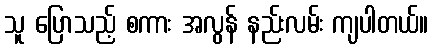
သူ ပြောသည့် စကား အလွန် နည်းလမ်း ကျပါတယ်။